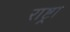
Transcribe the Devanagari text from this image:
राष्ट्रा